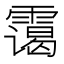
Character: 霭